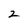
Character: 2